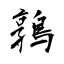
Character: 鶉